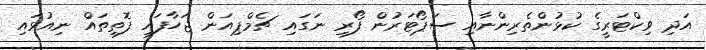
އަދި ވިކްޓަރީގެ ކުޅުންތެރިންނާއި ސަޕޯޓަރުން ފޯރި ނަގައި ޗެމްޕިއަން ޖަހާފައި ފޮތިތައް ނިއުޅައި